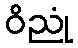
ဝိညုံ